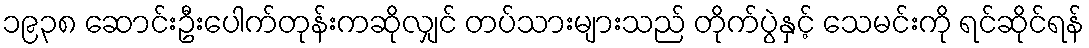
၁၉၃၈ ဆောင်းဦးပေါက်တုန်းကဆိုလျှင် တပ်သားများသည် တိုက်ပွဲနှင့် သေမင်းကို ရင်ဆိုင်ရန်